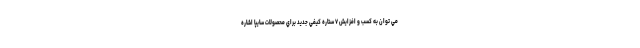
مي توان به كسب و افزایش ۷ ستاره كيفي جدید براي محصولات سايپا اشاره